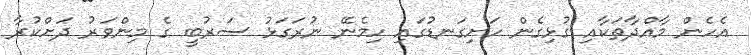
އެހެން މާއްދާތަކާއި ގުޅިގެން ހަށިގަނޑުގައި ހިމެނޭ ނުރަގަޅު ސަރުބީ ގެ މިންވަރު ދަށްކުރާ